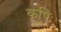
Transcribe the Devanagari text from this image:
कृषिः